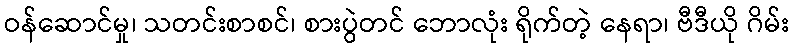
ဝန်ဆောင်မှု၊ သတင်းစာစင်၊ စားပွဲတင် ဘောလုံး ရိုက်တဲ့ နေရာ၊ ဗီဒီယို ဂိမ်း